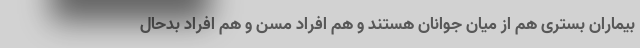
بیماران بستری هم از میان جوانان هستند و هم افراد مسن و هم افراد بدحال